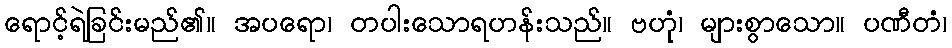
ရောင့်ရဲခြင်းမည်၏။ အပရော၊ တပါးသောရဟန်းသည်။ ဗဟုံ၊ များစွာသော။ ပဏီတံ၊